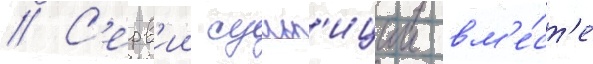
// С'ерв'ии сульп'иции вм'е́ст'е